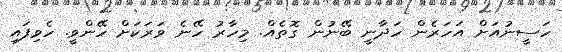
ހަސީނުއަށް އަހަރެން ހަދާނީ ބޭނުން ގޮތެއް. މިހާރު ހޭނެ ވަރަކަށް ހޭންވީ. ހެވިފައި